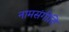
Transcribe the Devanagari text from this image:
नामसंगीति